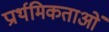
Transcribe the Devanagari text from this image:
प्रार्थमिकताओं